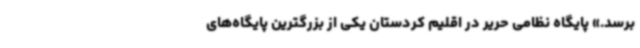
برسد.» پایگاه نظامی حریر در اقلیم کردستان یکی از بزرگترین پایگاه‌های